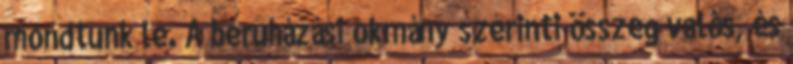
mondtunk le. A beruházási okmány szerinti összeg valós, és